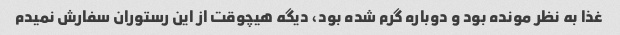
غذا به نظر مونده بود و دوباره گرم شده بود، دیگه هیچوقت از این رستوران سفارش نمیدم